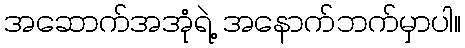
အဆောက်အအုံရဲ့ အနောက်ဘက်မှာပါ။